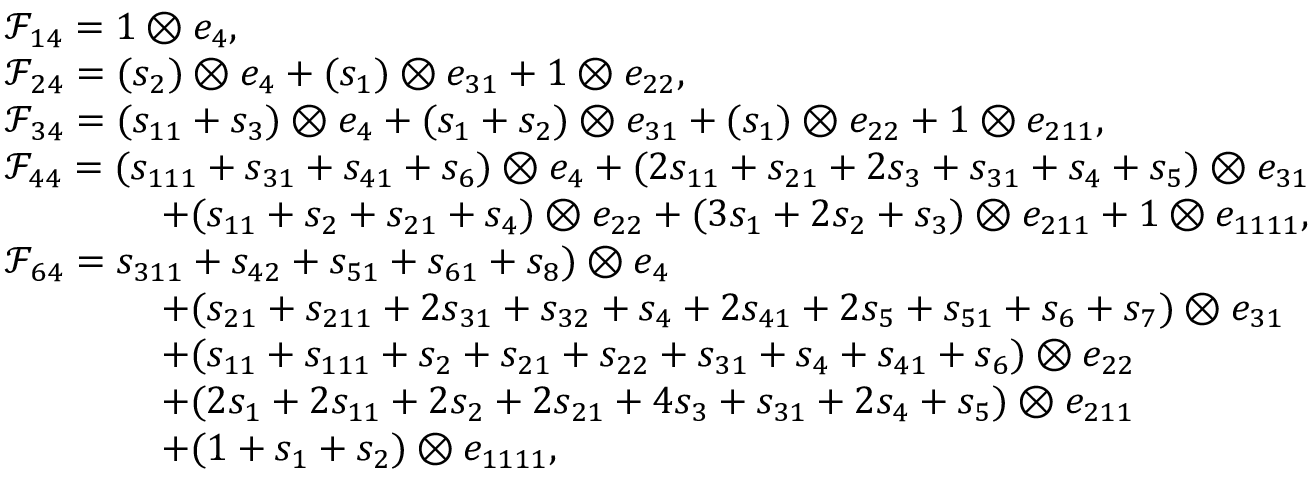
\begin{array} { r l } & { \mathcal { F } _ { 1 4 } = 1 \otimes e _ { 4 } , } \\ & { \mathcal { F } _ { 2 4 } = ( s _ { 2 } ) \otimes e _ { 4 } + ( s _ { 1 } ) \otimes e _ { 3 1 } + 1 \otimes e _ { 2 2 } , } \\ & { \mathcal { F } _ { 3 4 } = ( s _ { 1 1 } + s _ { 3 } ) \otimes e _ { 4 } + ( s _ { 1 } + s _ { 2 } ) \otimes e _ { 3 1 } + ( s _ { 1 } ) \otimes e _ { 2 2 } + 1 \otimes e _ { 2 1 1 } , } \\ & { \mathcal { F } _ { 4 4 } = ( s _ { 1 1 1 } + s _ { 3 1 } + s _ { 4 1 } + s _ { 6 } ) \otimes e _ { 4 } + ( 2 s _ { 1 1 } + s _ { 2 1 } + 2 s _ { 3 } + s _ { 3 1 } + s _ { 4 } + s _ { 5 } ) \otimes e _ { 3 1 } \qquad \qquad \null } \\ & { \qquad \qquad + ( s _ { 1 1 } + s _ { 2 } + s _ { 2 1 } + s _ { 4 } ) \otimes e _ { 2 2 } + ( 3 s _ { 1 } + 2 s _ { 2 } + s _ { 3 } ) \otimes e _ { 2 1 1 } + 1 \otimes e _ { 1 1 1 1 } , } \\ & { \mathcal { F } _ { 6 4 } = s _ { 3 1 1 } + s _ { 4 2 } + s _ { 5 1 } + s _ { 6 1 } + s _ { 8 } ) \otimes e _ { 4 } } \\ & { \qquad \qquad + ( s _ { 2 1 } + s _ { 2 1 1 } + 2 s _ { 3 1 } + s _ { 3 2 } + s _ { 4 } + 2 s _ { 4 1 } + 2 s _ { 5 } + s _ { 5 1 } + s _ { 6 } + s _ { 7 } ) \otimes e _ { 3 1 } } \\ & { \qquad \qquad + ( s _ { 1 1 } + s _ { 1 1 1 } + s _ { 2 } + s _ { 2 1 } + s _ { 2 2 } + s _ { 3 1 } + s _ { 4 } + s _ { 4 1 } + s _ { 6 } ) \otimes e _ { 2 2 } } \\ & { \qquad \qquad + ( 2 s _ { 1 } + 2 s _ { 1 1 } + 2 s _ { 2 } + 2 s _ { 2 1 } + 4 s _ { 3 } + s _ { 3 1 } + 2 s _ { 4 } + s _ { 5 } ) \otimes e _ { 2 1 1 } } \\ & { \qquad \qquad + ( 1 + s _ { 1 } + s _ { 2 } ) \otimes e _ { 1 1 1 1 } , } \end{array}